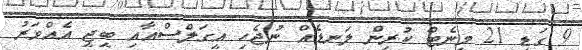
9 ގަޑި 21 މިނެޓް ކުރިން ލަނޑެއް ނުޖެހި އީގަލްސްއާއި ބީޖީ އެއްވަރު